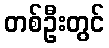
တစ်ဦးတွင်